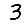
Digit: 3